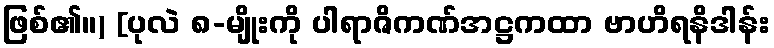
ဖြစ်၏။) [ပုလဲ ၈-မျိုးကို ပါရာဇိကဏ်အဋ္ဌကထာ ဗာဟိရနိဒါန်း